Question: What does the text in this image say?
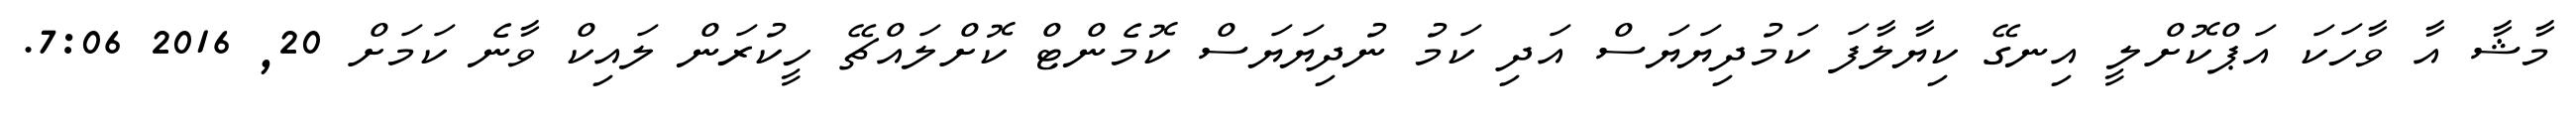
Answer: މާޝާ އާ ވާހަކަ އަޕްކޮށްލީ އިނގޭ ކިޔާލާފަ ކަމުދިޔަޔަސް އަދި ކަމު ނުދިޔަޔަސް ކޮމެންޓް ކޮށްލައްޗޭ ހީކުރަން ލައިކް ވާނެ ކަމަށް 20, 2016 7:06.